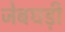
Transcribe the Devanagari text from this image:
जेबघड़ी